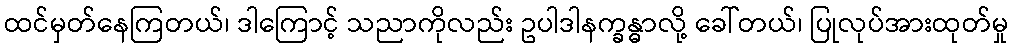
ထင်မှတ်နေကြတယ်၊ ဒါကြောင့် သညာကိုလည်း ဥပါဒါနက္ခန္ဓာလို့ ခေါ်တယ်၊ ပြုလုပ်အားထုတ်မှု